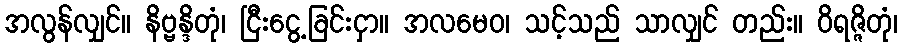
အလွန်လျှင်။ နိဗ္ဗန္ဒိတုံ၊ ငြီးငွေ့ခြင်းငှာ။ အလမေဝ၊ သင့်သည် သာလျှင် တည်း။ ဝိရဇ္ဇိတုံ၊